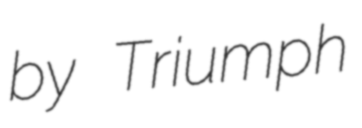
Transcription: by Triumph